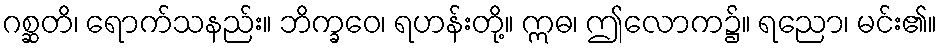
ဂစ္ဆတိ၊ ရောက်သနည်း။ ဘိက္ခဝေ၊ ရဟန်းတို့။ ဣဓ၊ ဤလောက၌။ ရညော၊ မင်း၏။